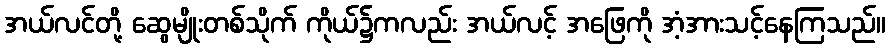
အယ်လင်တို့ ဆွေမျိုးတစ်သိုက် ကိုယ်၌ကလည်း အယ်လင့် အဖြေကို အံ့အားသင့်နေကြသည်။